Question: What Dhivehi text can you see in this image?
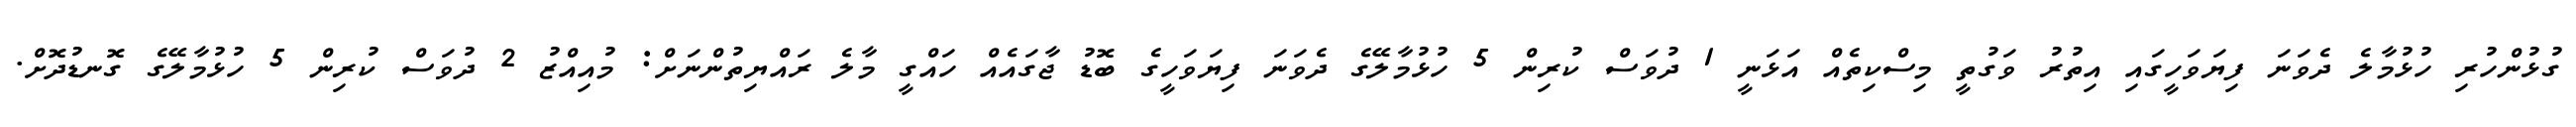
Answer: ގުޅުންހުރި ހުޅުމާލެ ދެވަނަ ފިޔަވަހީގައި އިތުރު ވަގުތީ މިސްކިތެއް އަޅަނީ 1 ދުވަސް ކުރިން 5 ހުޅުމާލޭގެ ދެވަނަ ފިޔަވަހީގެ ބޮޑު ޖާގައެއް ހައްގީ މާލެ ރައްޔިތުންނަށް: މުއިއްޒު 2 ދުވަސް ކުރިން 5 ހުޅުމާލޭގެ ގޮނޑުދޮށް.